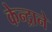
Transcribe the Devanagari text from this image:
केन्द्राने